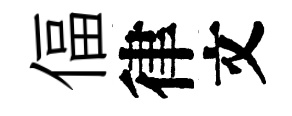
偪律文